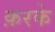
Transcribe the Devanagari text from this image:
क़रके